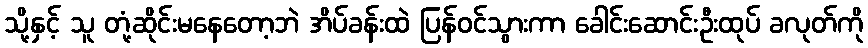
သို့နှင့် သူ တုံ့ဆိုင်းမနေတော့ဘဲ အိပ်ခန်းထဲ ပြန်ဝင်သွားကာ ခေါင်းဆောင်းဦးထုပ် ခလုတ်ကို